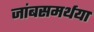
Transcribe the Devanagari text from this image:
जांबसमर्थया